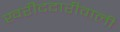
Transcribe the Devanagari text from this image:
खरीददारीवाली